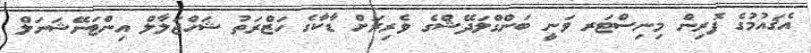
އެޤައުމުގެ ފޮރިން މިނިސްޓަރ ވަނީ ބަންގްލަދޭޝްގެ ވެރިރަށް ޑާކާގެ ހަޒްރަތު ޝަހްޖަލާލް އިންޓަނޭޝަނަލް